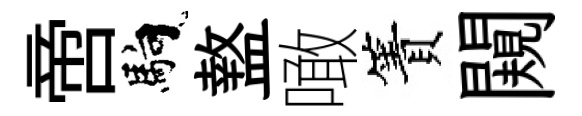
啻馿盩噉簀闚